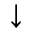
\downarrow